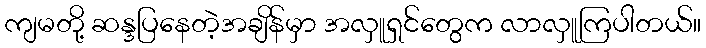
ကျမတို့ ဆန္ဒပြနေတဲ့အချိန်မှာ အလှူရှင်တွေက လာလှူကြပါတယ်။